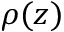
\rho ( z )